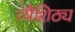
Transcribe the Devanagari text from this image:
व्यैशिठ्य